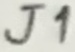
Text: J1